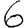
Digit: 6